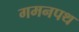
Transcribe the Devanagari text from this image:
गमनपथ